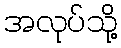
အလုပ်သို့